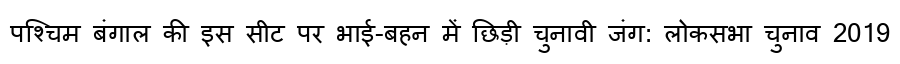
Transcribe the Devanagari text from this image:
पश्चिम बंगाल की इस सीट पर भाई-बहन में छिड़ी चुनावी जंग: लोकसभा चुनाव 2019